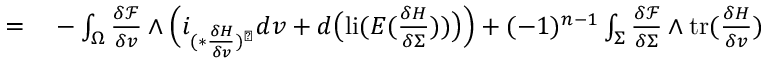
\begin{array} { r l } { = } & { { } - \int _ { \Omega } \frac { \delta \mathcal { F } } { \delta v } \wedge \Big ( i _ { ( \ast \frac { \delta H } { \delta v } ) ^ { \sharp } } d v + d \big ( \mathrm { l i } ( E ( \frac { \delta H } { \delta \Sigma } ) ) \big ) \Big ) + ( - 1 ) ^ { n - 1 } \int _ { \Sigma } \frac { \delta \mathcal { F } } { \delta \Sigma } \wedge \mathrm { t r } ( \frac { \delta H } { \delta v } ) } \end{array}